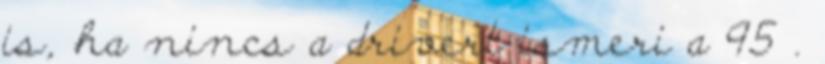
is, ha nincs a drivert ismeri a 95 .